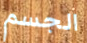
الجسم